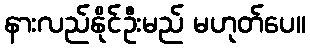
နားလည်နိုင်ဦးမည် မဟုတ်ပေ။